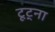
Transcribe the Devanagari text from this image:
टूट्ना